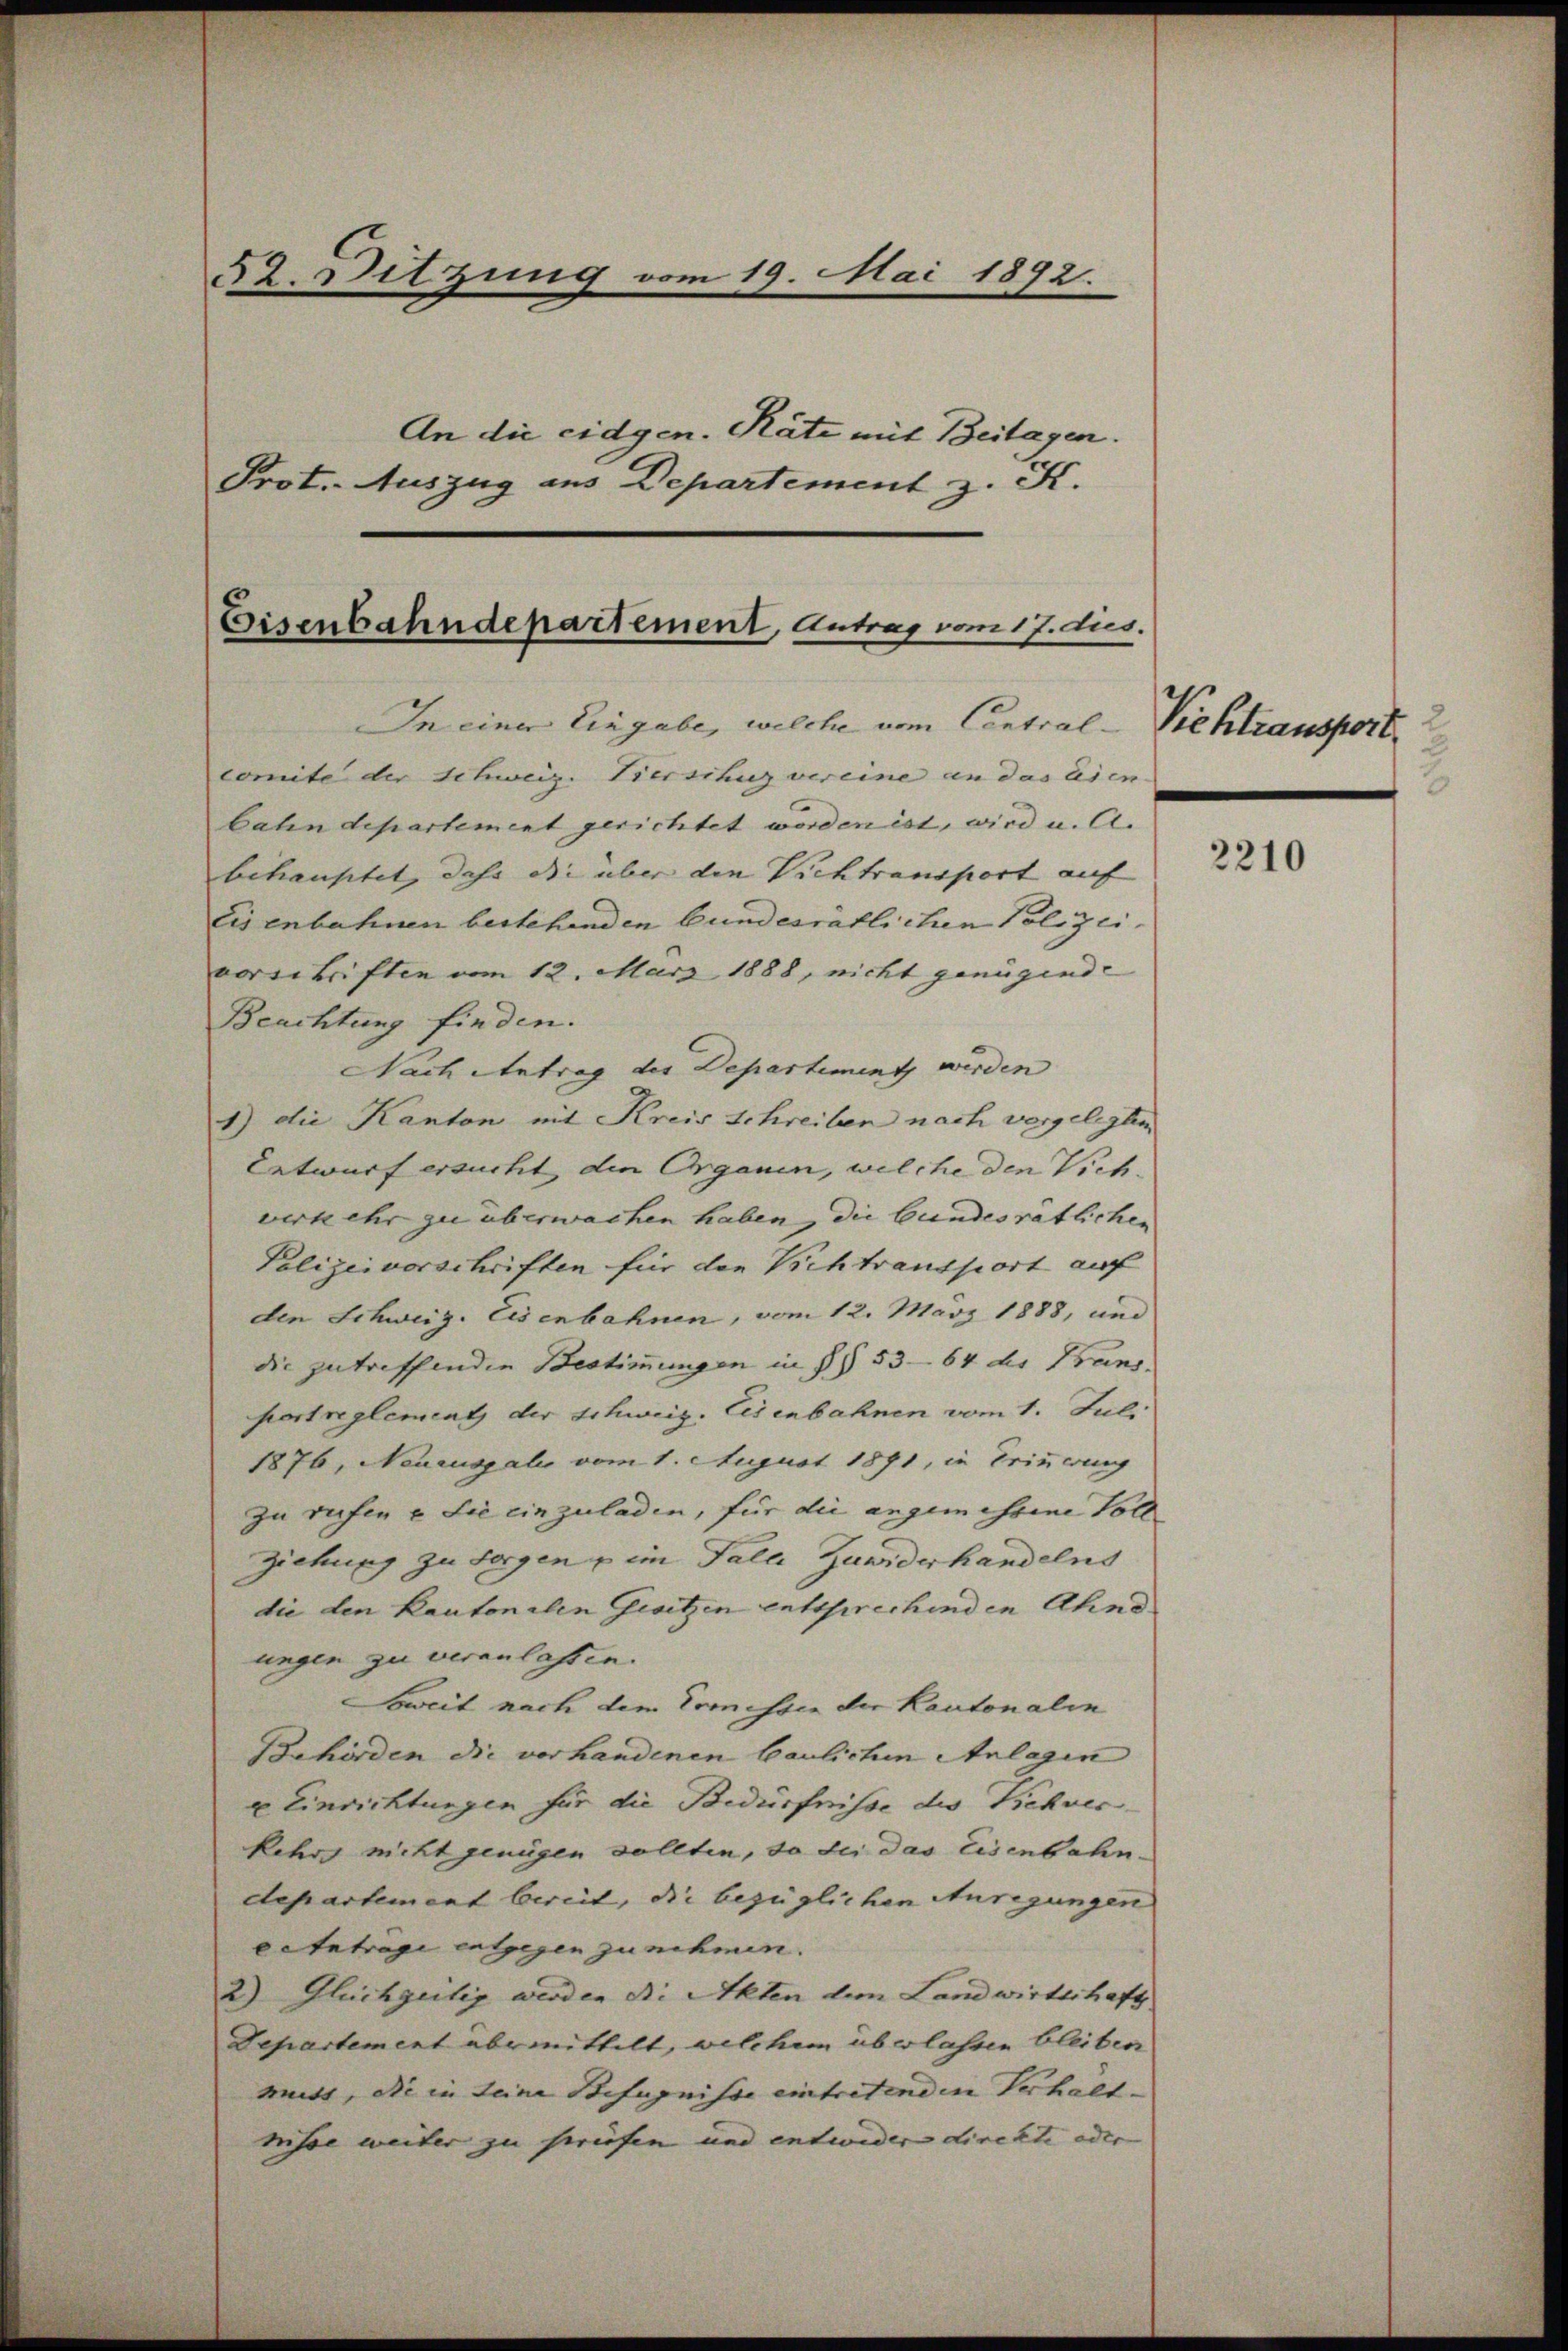
52. Ditzung vom 19. Mai 1892.
An die eidgen. Räte mit Beitagen.
Prot. Auszug aus Departement z. K.

In einer Eingabe, welche vom Centralcomite der Schweiz. Tiersihug vereine an das aien- |
bahndepartement gerichtet worden ist, wird u. A.
behauptet, daß die über den Vichtransport auf
Eisenbahnen bestehenden bundesrätlichen Polizeivorschriften vom 12. März 1888, nicht genügende
Beachtung finden.
Nach Antrag der Departiment werden
1) die Kanton mit Kreis Schreiben nach vorgelegten
Entwurf ersucht die Organen, welche den Vich-
werkehr zu überwachen haben, die bundesrätlichen
Polizeivorschriften für den Vichtransport auf
den Schweiz. Eisenbahnen, vom 12. März 1888, und
die zutreffenden Bestimmungen in §§ 53—64 der Brand.
pertreglement der schweiz. Eisenbahnen vom 1. Juli
1876, Neuausgalio vom 1. August 1891, in Erinnerung
zu rechen u. Sie einzuladen, für die angemessene Voll¬
Ziehung zu sorgen u ein Taler Zuwiderhandelns
die den Kantonalen Gesitzen entsprechenden Ahnd
ungen zu veranlassen.
Soweit nach dem Ermessen der Kantonalin
Behörden die vorhandenen baulichen Anlagen
Einrichtungen für die Bedürfnisse des Viehverkehr nicht genügen sollten, so dei das Eisenbahndepartement bereit, die bezüglichen Anregungen
ectetrage entgegen zu nehmen.
2) Gleichzeitig werden die Akten dem Landwirtschaft
Departement übermittelt, welchem überlassen bleiben
mutt, die in seine Befugnisse eintretenden Verhalt
misse weiter zu spriefen und entweder direkte oder

Eisenbahndepartement, Antrag vom 17. dies.

Viehtransport. 2

2210